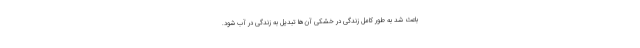
باعث شد به طور کامل زندگی در خشکی آن‌ها تبدیل به زندگی در آب شود.